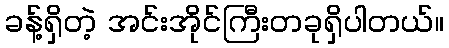
ခန့်ရှိတဲ့ အင်းအိုင်ကြီးတခုရှိပါတယ်။